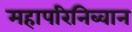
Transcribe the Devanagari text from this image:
महापरिनिब्वान